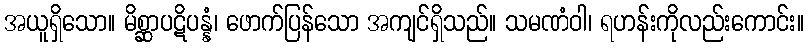
အယူရှိသော။ မိစ္ဆာပဋိပန္နံ၊ ဖောက်ပြန်သော အကျင်ရှိသည်။ သမဏံဝါ၊ ရဟန်းကိုလည်းကောင်း။